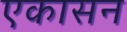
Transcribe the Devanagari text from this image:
एकासन